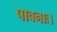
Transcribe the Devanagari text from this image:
पावनाः।